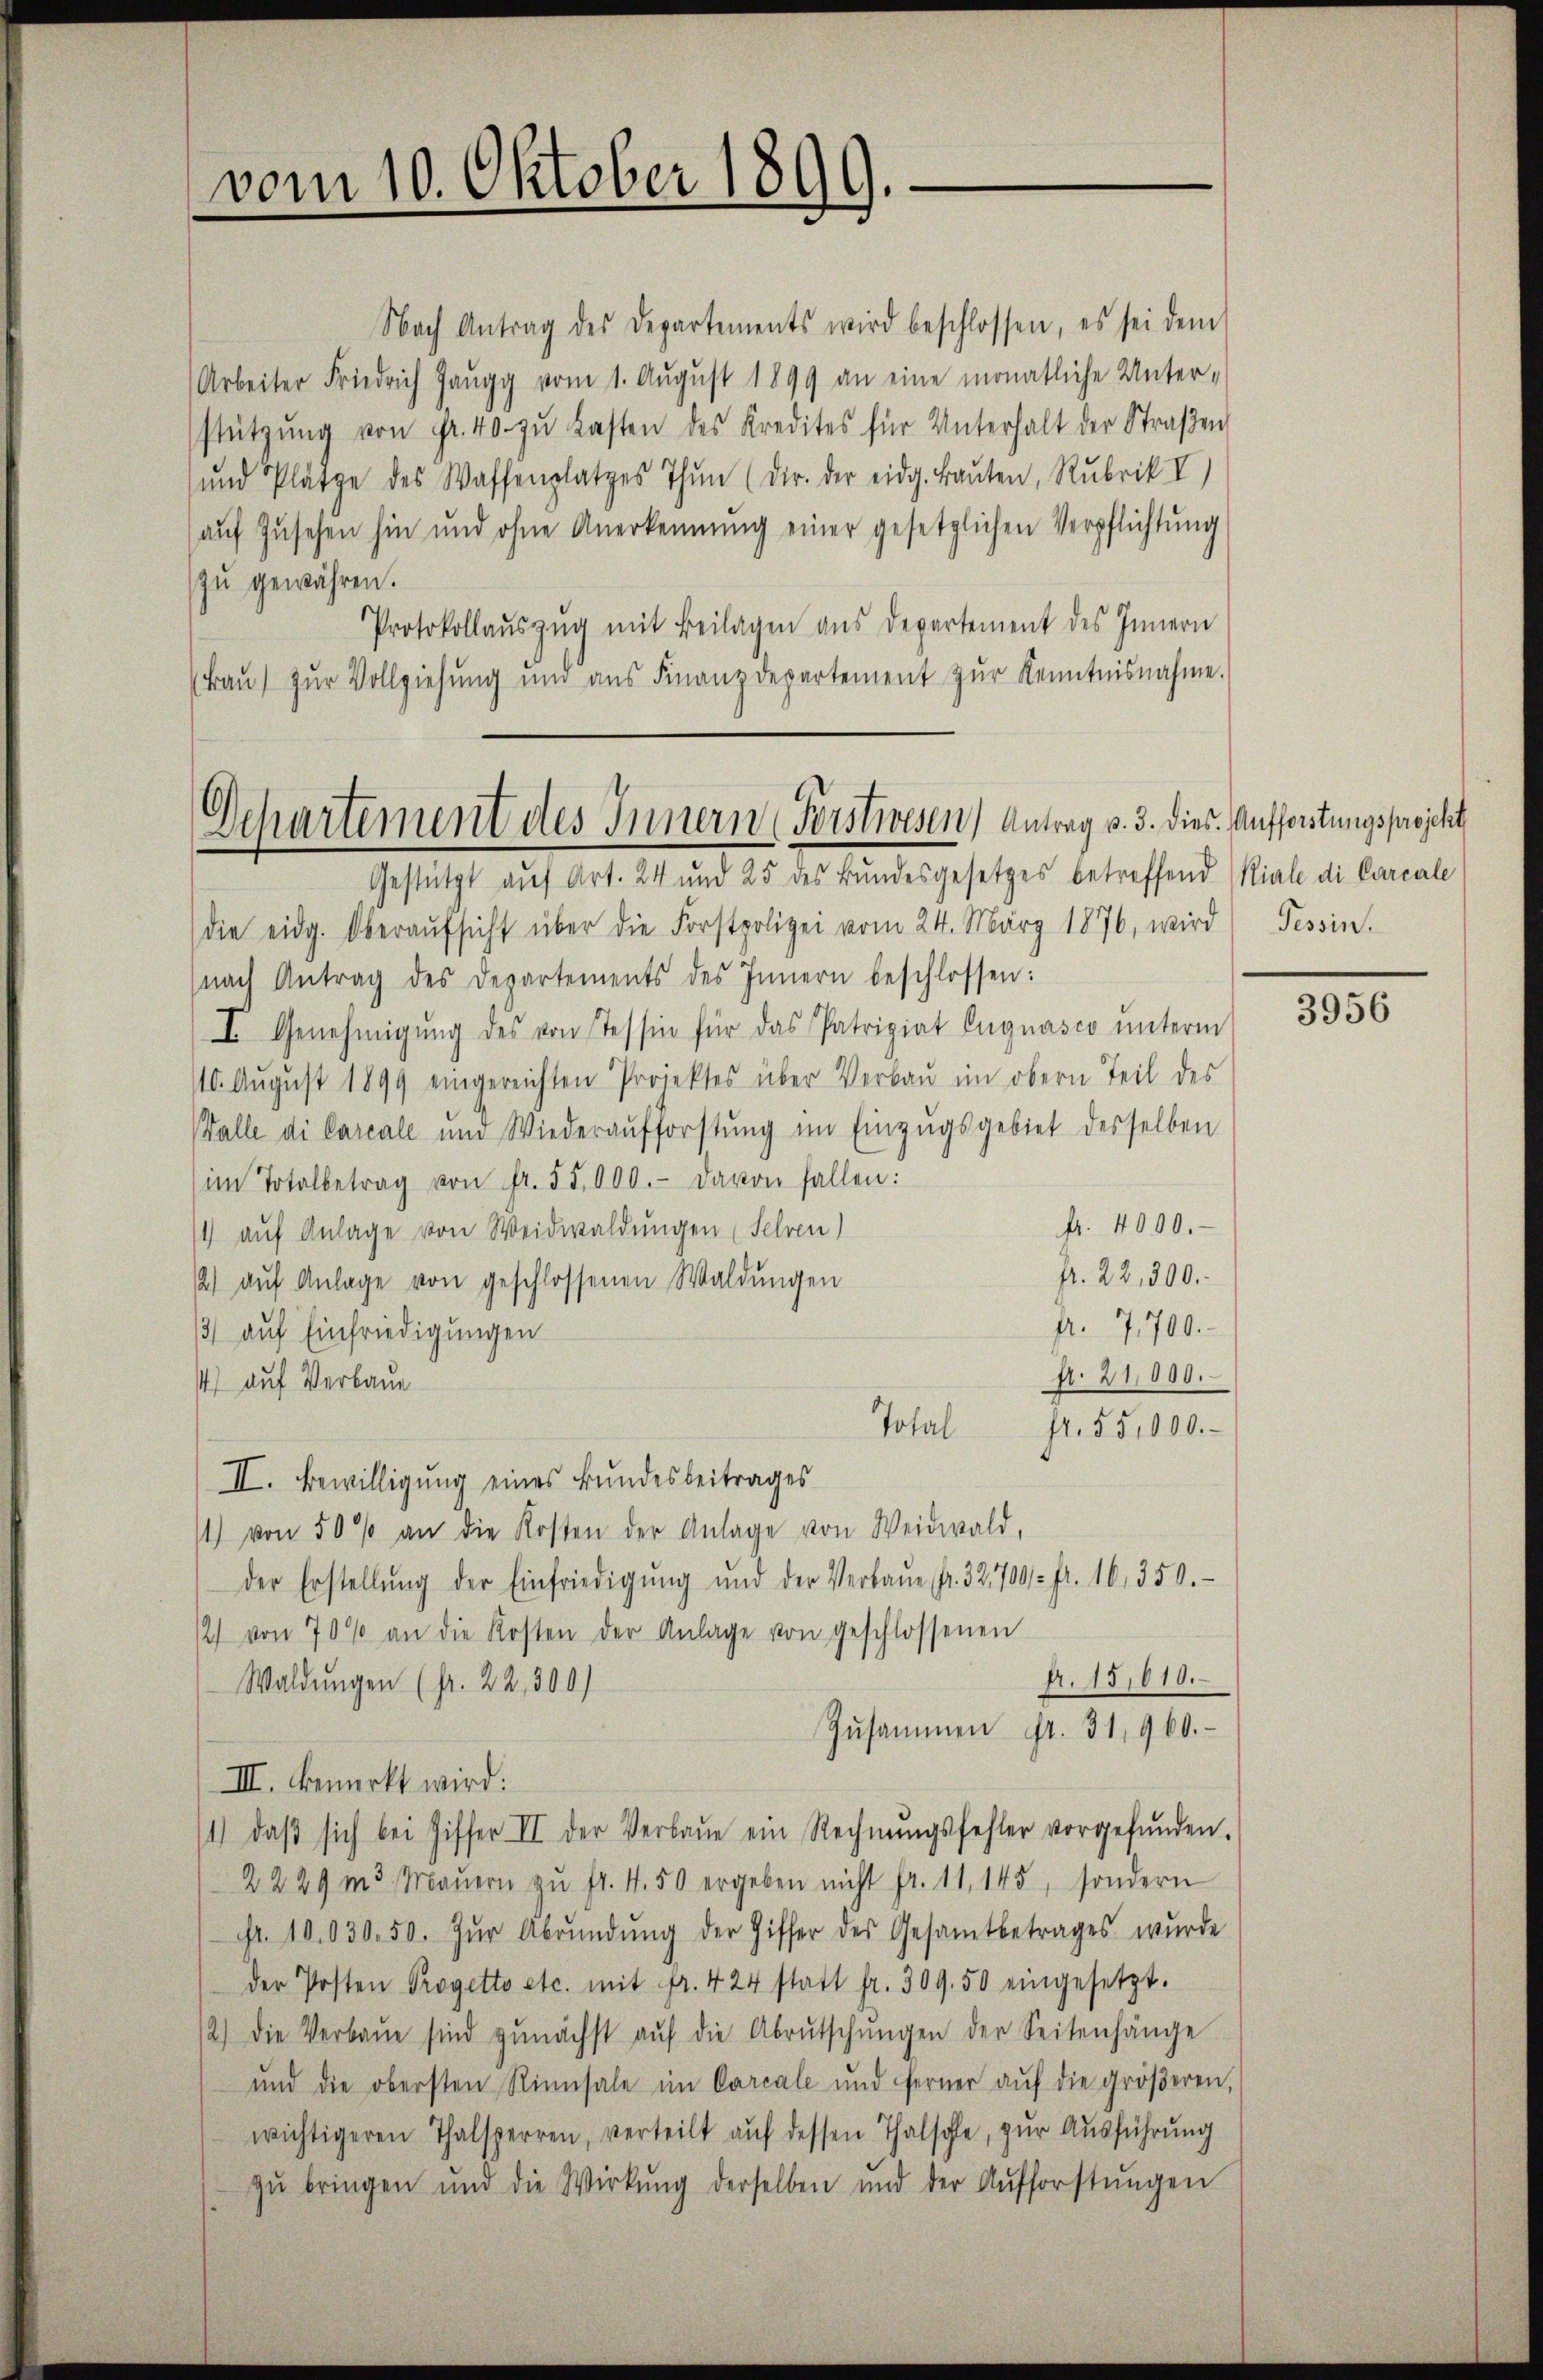
vom 10. Oktober 1899.

Nach Antrag des Departements wird beschlossen, es sei dem
Arbeiter Friedrich Gaugg vom 1. August 1899 an eine monatliche Unter-
stützŭng von Fr. 40. zŭ Lasten des Kredites für Unterhalt der Straβen
und Plätze des Waffenplatzes Thun (dir. Der eidg. Bauten, Rubrik II)
auf Zusehen hin und ohne Anerkennung einer gesetzlichen Verpflichtung
zu gewähren.
Protokollaŭszŭg mit Beilagen aus Departement des Innern
(Frau) zur Vollziehung und aŭs Finanzdepartement zŭr Kenntnisnahme.
Gestützt aŭf Art. 24 und 25 des Bŭndesgesetzes betreffend Riale di Carcale
die eidg. Oberaŭfsicht über die Forstpolizei vom 24. März 1876, wird Tessin.
nach Antrag des Departements des Innern beschlossen:
I. Genehmigŭng des von Tessin für das Patriziat Engnasco ŭnterm
110. August 1899 eingereichten Projektes über Verbaŭ im obern Teil des
(alle di Careale und Wiederaŭfforstŭng im Einzŭgsgebiet desselben
im Totalbetrag von fr. 55,000.- davon fallen:
fr. 4000.
/ aŭf Anlage von Weidwaldungen (Sehren)
Pr. 22,300.
2 aŭf Anlage von geschlossenen Waldungen
fr. 7,700.
13) auf Einfriedigungen
A. 21000.
14) auf Verbaue
Total
fr. 55,000.
II. Bewilligung eines Bundesbeitrages
1) von 50 % an die Kosten der Anlage von Weidwald,
der Erstellŭng der Einfriedigŭng und der Verbaŭe, fr. 32,700 fr. 16, 350.
12 von 70% an die Kosten der Anlage von geschlossenen
fr. 15,610.
Waldungen (fr. 22, 300)
Zŭsammen fr. 31,960.
III. bemerkt wird:
1) daβ sich bei Ziffer II der Verbaŭe ein Rechnŭngsfehler vorgefŭnden.
2229 m3 Maŭern zŭ fr. 4.50 ergeben nicht fr. 11. 145, sondern
fr. 10,030. 50. zŭr Abrŭndŭng der Ziffer des Gesamtbetrages wŭrde
der Posten Progetto etc. mit fr. 424 statt fr. 309. 50 eingesetzt.
2.) Die Verbaŭe sind zŭnächst aŭf die Abrutschŭngen der Seitenhänge
und die obersten Rinnsale im Carcale und ferner aŭf die gröβeren,
wichtigeren Thalsperren, verteilt auf dessen Thalschle, zur Ausführung
zŭ bringen und die Wirkŭng derselben und der Aŭfforstŭngen

Departement des Innern Forstwesen Antrag v. 3. dies Aufforstungsprojekt

3956